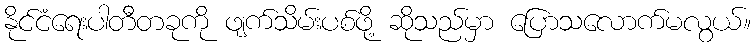
နိုင်ငံရေးပါတီတခုကို ဖျက်သိမ်းပစ်ဖို့ ဆိုသည်မှာ ပြောသလောက်မလွယ်။